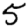
Digit: 5